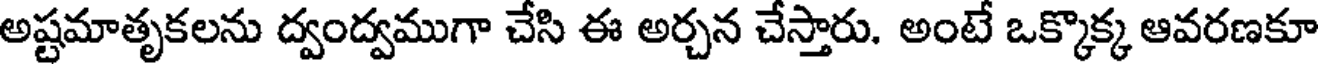
అష్టమాతృకలను ద్వంద్వముగా చేసి ఈ అర్చన చేస్తారు. అంటే ఒక్కొక్క ఆవరణకూ